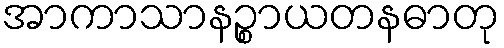
အာကာသာနဉ္စာယတနဓာတု